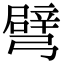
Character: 𢐦